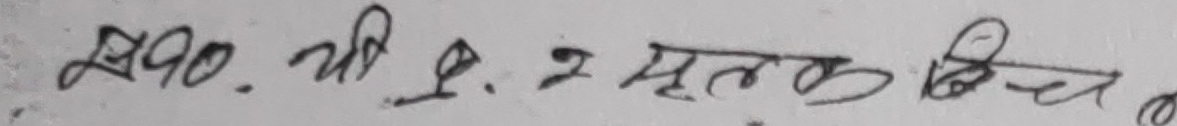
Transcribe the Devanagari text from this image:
२१०. ची १ मुर्तक बीच